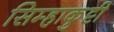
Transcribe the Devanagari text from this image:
सिम्हाकुट्टी